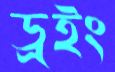
ড্রইং